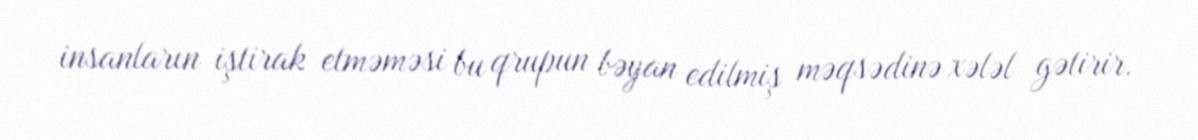
insanların iştirak etməməsi bu qrupun bəyan edilmiş məqsədinə xələl gətirir.